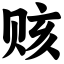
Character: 赅